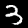
Label: 3